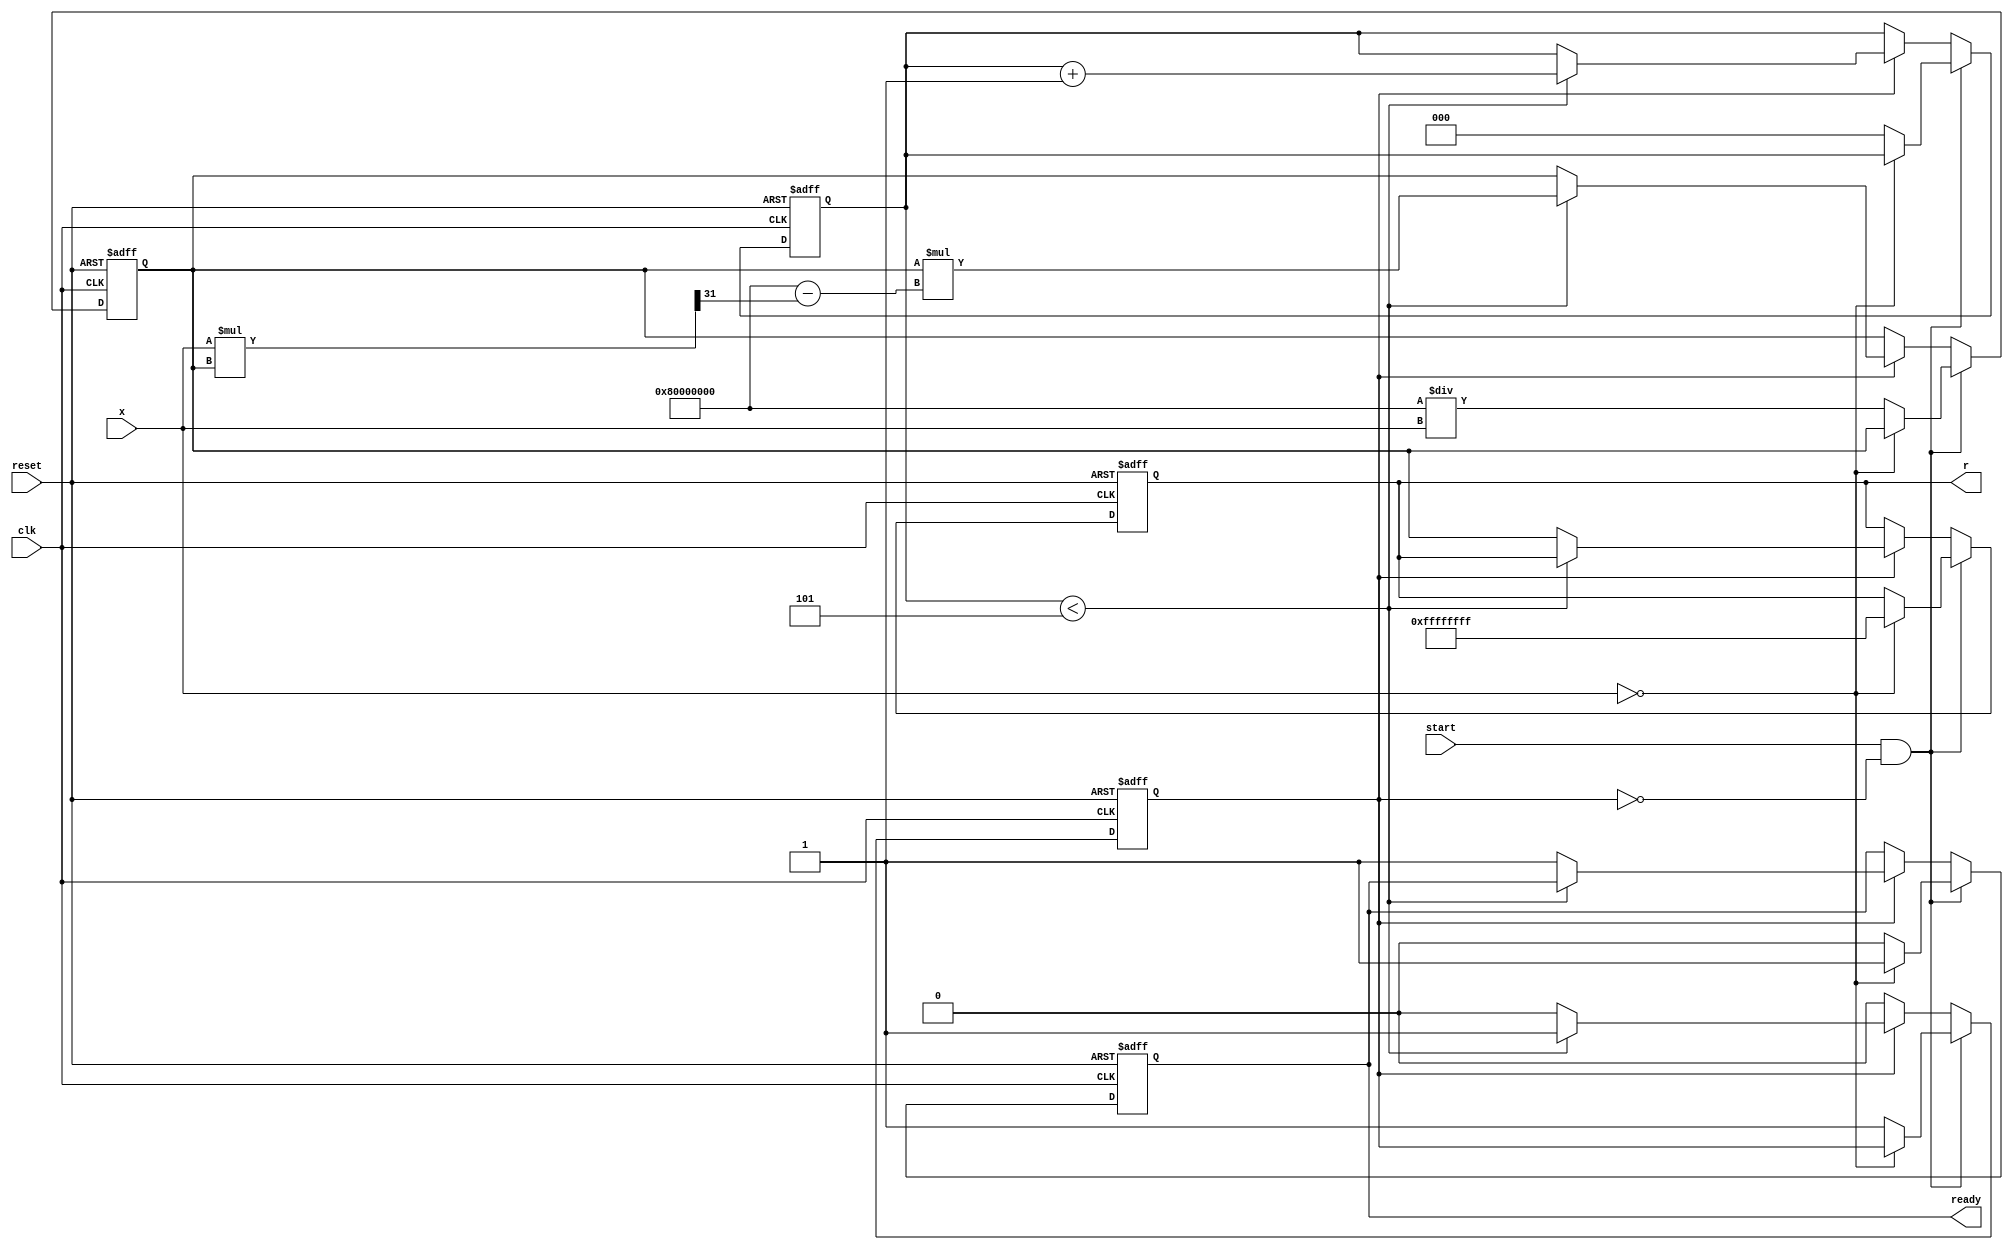
module ReciprocalUnit (
    input wire clk,          // Clock signal
    input wire reset,        // Reset signal
    input wire start,        // Start signal for computation
    input wire [31:0] x,     // Input value (32-bit fixed-point)
    output reg [31:0] r,     // Output reciprocal (32-bit fixed-point)
    output reg ready         // Ready signal indicating output is valid
);

    // Internal parameters
    parameter MAX_ITERATIONS = 5; // Number of iterations for Newton-Raphson
    reg [31:0] r_n;                // Current estimate of the reciprocal
    reg [2:0] iteration_count;     // Iteration counter
    reg computing;                 // Flag to indicate if we are computing

    // State machine for processing
    always @(posedge clk or posedge reset) begin
        if (reset) begin
            r <= 32'b0;
            ready <= 1'b0;
            r_n <= 32'b0;
            iteration_count <= 3'b0;
            computing <= 1'b0;
        end else begin
            if (start && !computing) begin
                // Check for division by zero
                if (x == 32'b0) begin
                    r <= 32'hFFFFFFFF; // Return a predefined value (e.g., infinity)
                    ready <= 1'b1;     // Indicate output is valid
                end else begin
                    // Initialize the reciprocal estimate
                    r_n <= 32'h80000000 / x; // Initial guess (1/x)
                    iteration_count <= 3'b0;
                    computing <= 1'b1;
                    ready <= 1'b0;
                end
            end else if (computing) begin
                // Newton-Raphson iteration
                if (iteration_count < MAX_ITERATIONS) begin
                    r_n <= r_n * (32'h80000000 - (x * r_n >> 31)); // r(n+1) = r(n) * (2 - x * r(n))
                    iteration_count <= iteration_count + 1;
                end else begin
                    // Final output
                    r <= r_n;
                    ready <= 1'b1;       // Indicate output is valid
                    computing <= 1'b0;   // Stop computing
                end
            end
        end
    end

endmodule